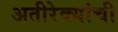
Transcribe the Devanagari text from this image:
अतीरेक्यांची